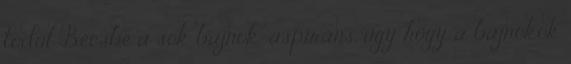
tódul Bécsbe a sok bajnok-aspiráns, úgy hogy a bajnokok